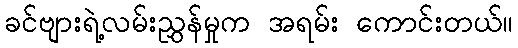
ခင်ဗျားရဲ့လမ်းညွှန်မှုက အရမ်း ကောင်းတယ်။